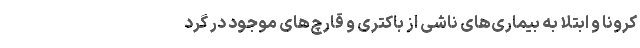
کرونا و ابتلا به بیماری‌های ناشی از باکتری و قارچ‌های موجود در گرد